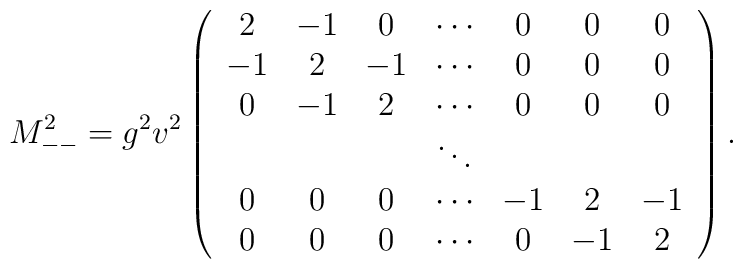
M_{--}^2 = g^2 v^2\left(\begin{array}{ccccccc}2&-1&0&\cdots&0 & 0 &0\\-1&2&-1& \cdots&0 & 0&0\\0&-1 &2 &\cdots&0 & 0&0\\& & & \ddots & & &\\0&0&0&\cdots&-1&2&-1\\0&0&0&\cdots&0&-1&2\end{array} \right).